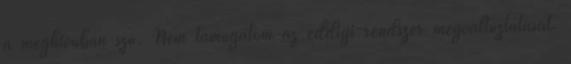
a meghívóban szó. Nem támogatom az eddigi rendszer megváltoztatását.